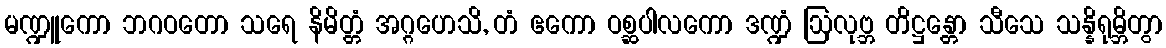
မဏ္ဍူကော ဘဂဝတော သရေ နိမိတ္တံ အဂ္ဂဟေသိ, တံ ဧကော ဝစ္ဆပါလကော ဒဏ္ဍံ ဩလုဗ္ဘ တိဋ္ဌန္တော သီသေ သန္နိရုမ္ဘိတွာ